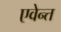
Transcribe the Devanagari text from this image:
एवेन्त